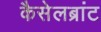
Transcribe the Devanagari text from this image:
कैसेलब्रांट